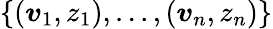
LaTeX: \{ (\boldsymbol{v}_{1},z_{1}),...,(\boldsymbol{v}_{n},z_{n})\}